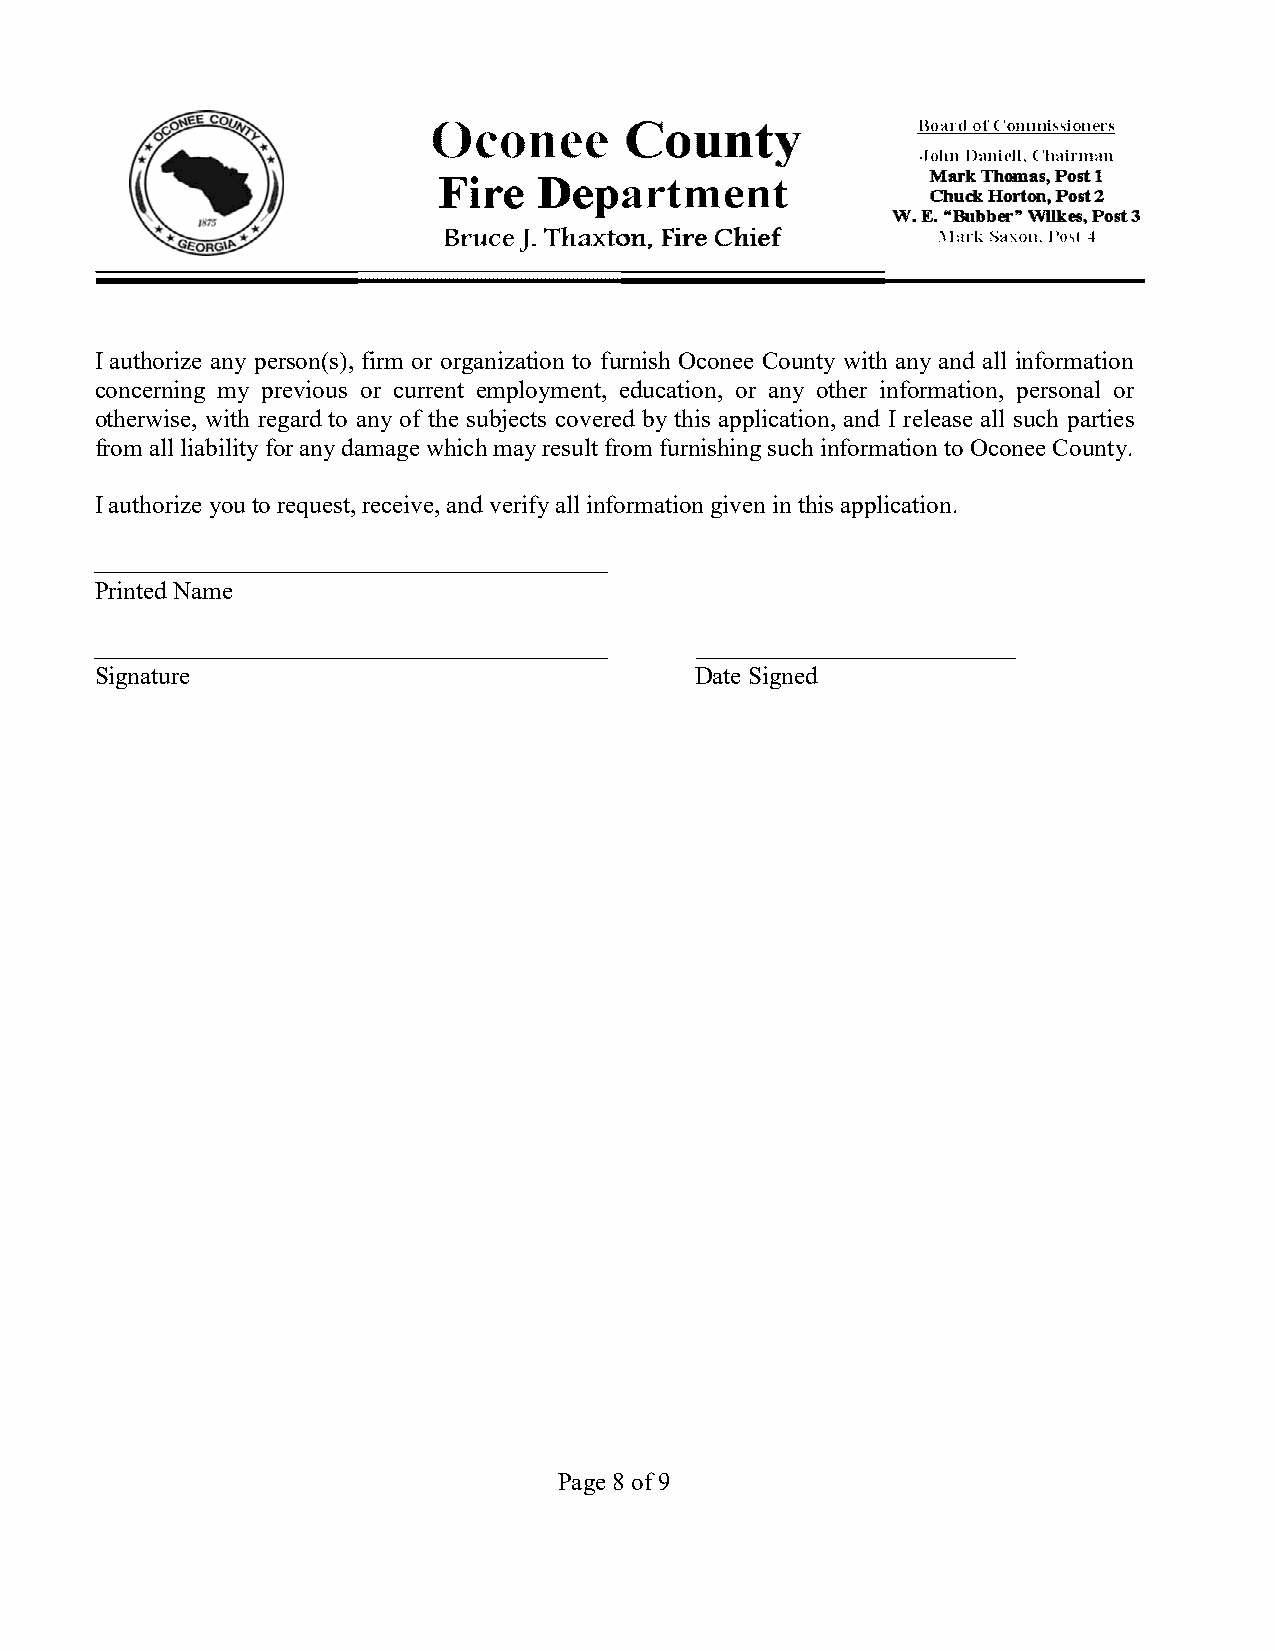
I authorize any person(s), firm or organization to furnish Oconee County with any and all information
 concerning my previous or current employment, education, or any other information, personal or
 otherwise, with regard to any of the subjects covered by this application, and I release all such parties
 from all liability for any damage which may result from furnishing such information to Oconee County.
 I authorize you to request, receive, and verify all information given in this application.
 _____________________________________________
 Printed Name
 _____________________________________________ ____________________________
 Signature                               Date Signed
 Page 8 of 9